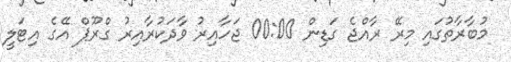
މުބާރާތުގައި މިރޭ ރާއްޖެ ގަޑިން 00:00 ޖަހާއިރު ވާދަކުރާއިރު ގްރޫޕް އޭގެ އިޓަލީ